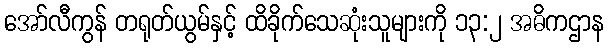
အော်လီကွန် တရုတ်ယွမ်နှင့် ထိခိုက်သေဆုံးသူများကို ၁၃:၂ အဓိကဌာန